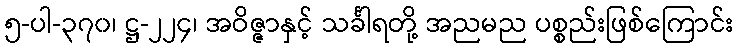
၅-ပါ-၃၇၀၊ ဋ္ဌ-၂၂၄၊ အဝိဇ္ဇာနှင့် သင်္ခါရတို့ အညမည ပစ္စည်းဖြစ်ကြောင်း